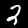
Digit: 2